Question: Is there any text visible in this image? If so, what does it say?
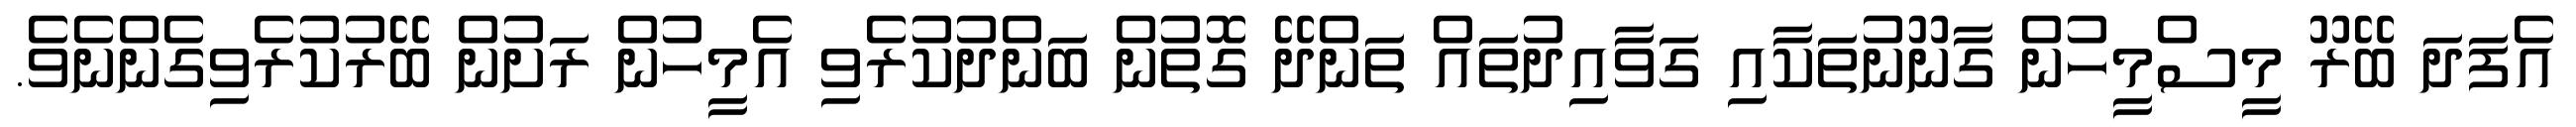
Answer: އެފަދަ ބޭރޫ މީސްމީހުން ގާނޫނުތަކާއި ގަވާއިދުތައް ތަންދޭ ގޮތުން ބަންދުކުރެވި އެމީހުން ރަށުން ބޭރުކުރެވިގެންނެވެ.